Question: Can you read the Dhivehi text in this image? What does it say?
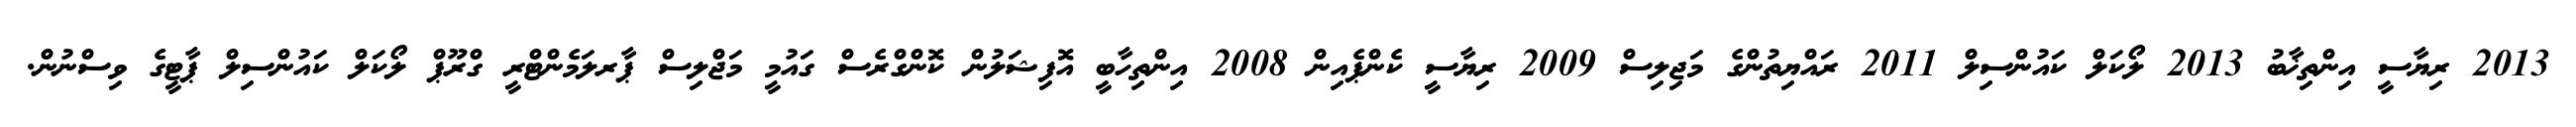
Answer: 2013 ރިޔާސީ އިންތިޚާބު 2013 ލޯކަލް ކައުންސިލް 2011 ރައްޔިތުންގެ މަޖިލިސް 2009 ރިޔާސީ ކެންޕެއިން 2008 އިންތިހާބީ އޮފިޝަލުން ކޮންގްރެސް ގައުމީ މަޖްލިސް ޕާރލަމެންޓްރީ ގްރޫޕް ލޯކަލް ކައުންސިލް ޕާޓީގެ ވިސްނުން.